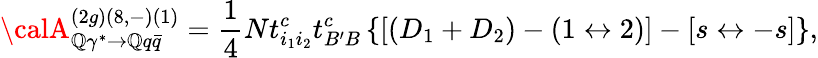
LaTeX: {\calA}_{\mathbb{Q}\gamma^{*}\rightarrow\mathbb{Q}q\bar{{q}}}^{(2g)(8,-)(1)}=\frac{{1}}{{4}}Nt_{i_{1}i_{2}}^{c}t_{B^{\prime}B}^{c}\left\{ \left[\left(D_{1}+D_{2}\right)-\left(1\leftrightarrow2\right)\right]-\left[s\leftrightarrow-s\right]\right\} ,